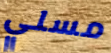
مسلي